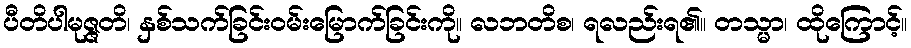
ပီတိပါမုဇ္ဇတိ၊ နှစ်သက်ခြင်းဝမ်းမြောက်ခြင်းကို။ လဘတိစ၊ ရလည်းရ၏။ တသ္မာ၊ ထိုကြောင့်။